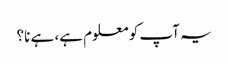
یہ آپ کو معلوم ہے، ہے نا؟